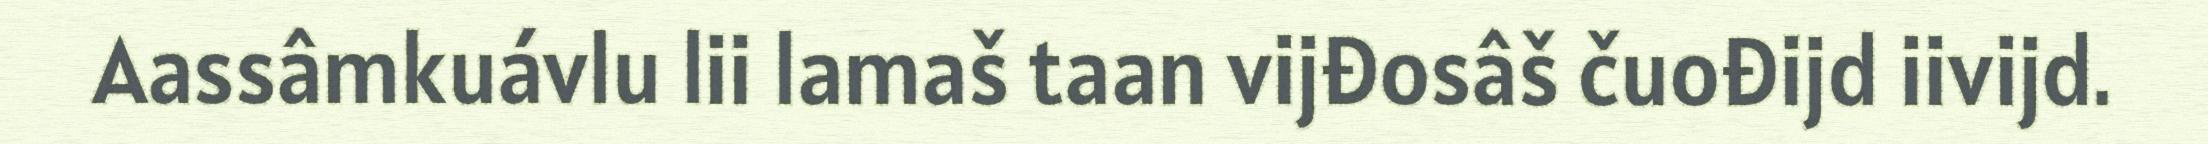
Aassâmkuávlu lii lamaš taan vijđosâš čuođijd iivijd.